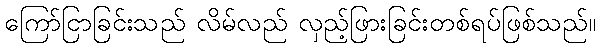
ကြော်ငြာခြင်းသည် လိမ်လည် လှည့်ဖြားခြင်းတစ်ရပ်ဖြစ်သည်။